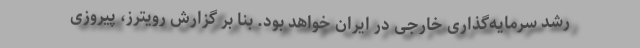
رشد سرمایه‌گذاری خارجی در ایران خواهد بود. بنا بر گزارش رویترز، پیروزی